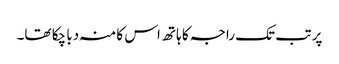
پر تب تک راجہ کا ہاتھ اس کا منہ دبا چکا تھا۔